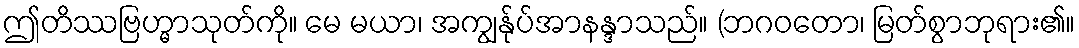
ဤတိဿဗြဟ္မာသုတ်ကို။ မေ မယာ၊ အကျွန်ုပ်အာနန္ဒာသည်။ (ဘဂဝတော၊ မြတ်စွာဘုရား၏။